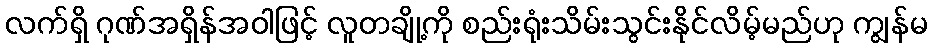
လက်ရှိ ဂုဏ်အရှိန်အဝါဖြင့် လူတချို့ကို စည်းရုံးသိမ်းသွင်းနိုင်လိမ့်မည်ဟု ကျွန်မ